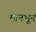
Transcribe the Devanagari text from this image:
मानभून